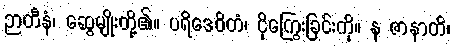
ဉာတီနံ၊ ဆွေမျိုးတို့၏။ ပရိဒေဝိတံ၊ ငိုကြွေးခြင်းကို။ န ဇာနာတိ၊